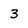
Character: 3